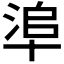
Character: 𠦭